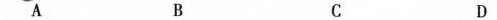
A B C D